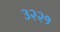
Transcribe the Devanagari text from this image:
३२२१